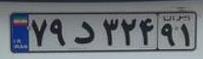
۷۹د۳۲۴۹۱